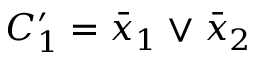
C _ { 1 } ^ { \prime } = \bar { x } _ { 1 } \vee \bar { x } _ { 2 }